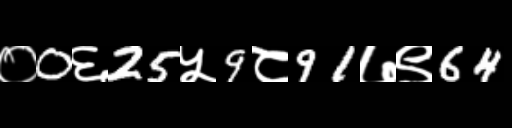
Text: ०0६25५9८91७९64